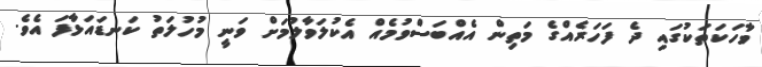
ވާހަކަތަކުގައި ދެ ފަހަރެއްގެ މަތިން އެއްބަސްވުމެއް އެކުލަވާލުމަށް ވަނީ މުހުލަތު ކަނޑައަޅާފަ އެވެ.